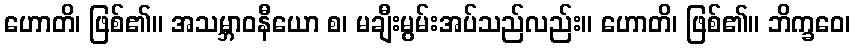
ဟောတိ၊ ဖြစ်၏။ အသမ္ဘာဝနီယော စ၊ မချီးမွမ်းအပ်သည်လည်း။ ဟောတိ၊ ဖြစ်၏။ ဘိက္ခဝေ၊